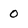
Character: 0